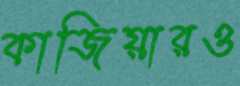
কাজিয়ারও